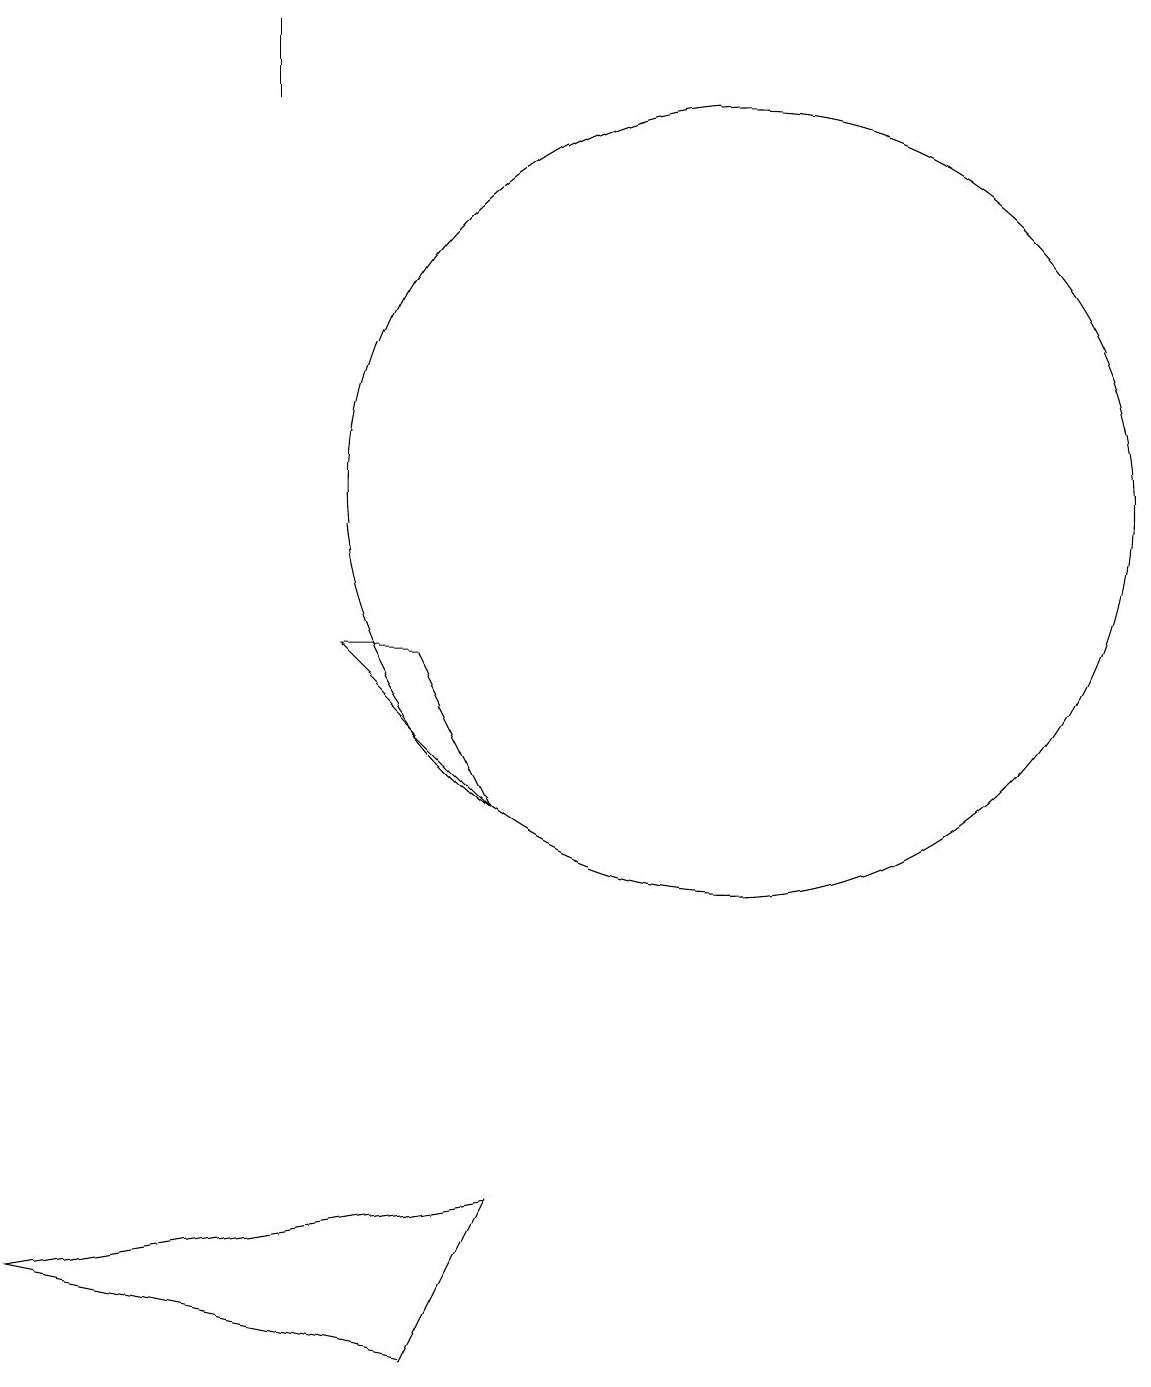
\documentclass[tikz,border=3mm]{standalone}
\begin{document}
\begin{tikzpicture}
\draw (10,11) circle (5);
\draw (1,1) -- (7,2) -- (6,0) -- cycle;
\draw (6,9) -- (7,7) -- (5,9) -- cycle;
\draw (4,16) rectangle (4,17);
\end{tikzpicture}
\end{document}